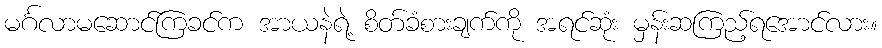
မင်္ဂလာမဆောင်ကြခင်က အာယနဲရဲ့ စိတ်ခံစားချက်ကို အရင်ဆုံး မှန်းဆကြည့်ရအောင်လား။